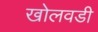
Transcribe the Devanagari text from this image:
खोलवडी